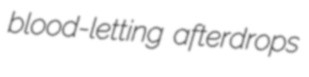
blood-letting afterdrops